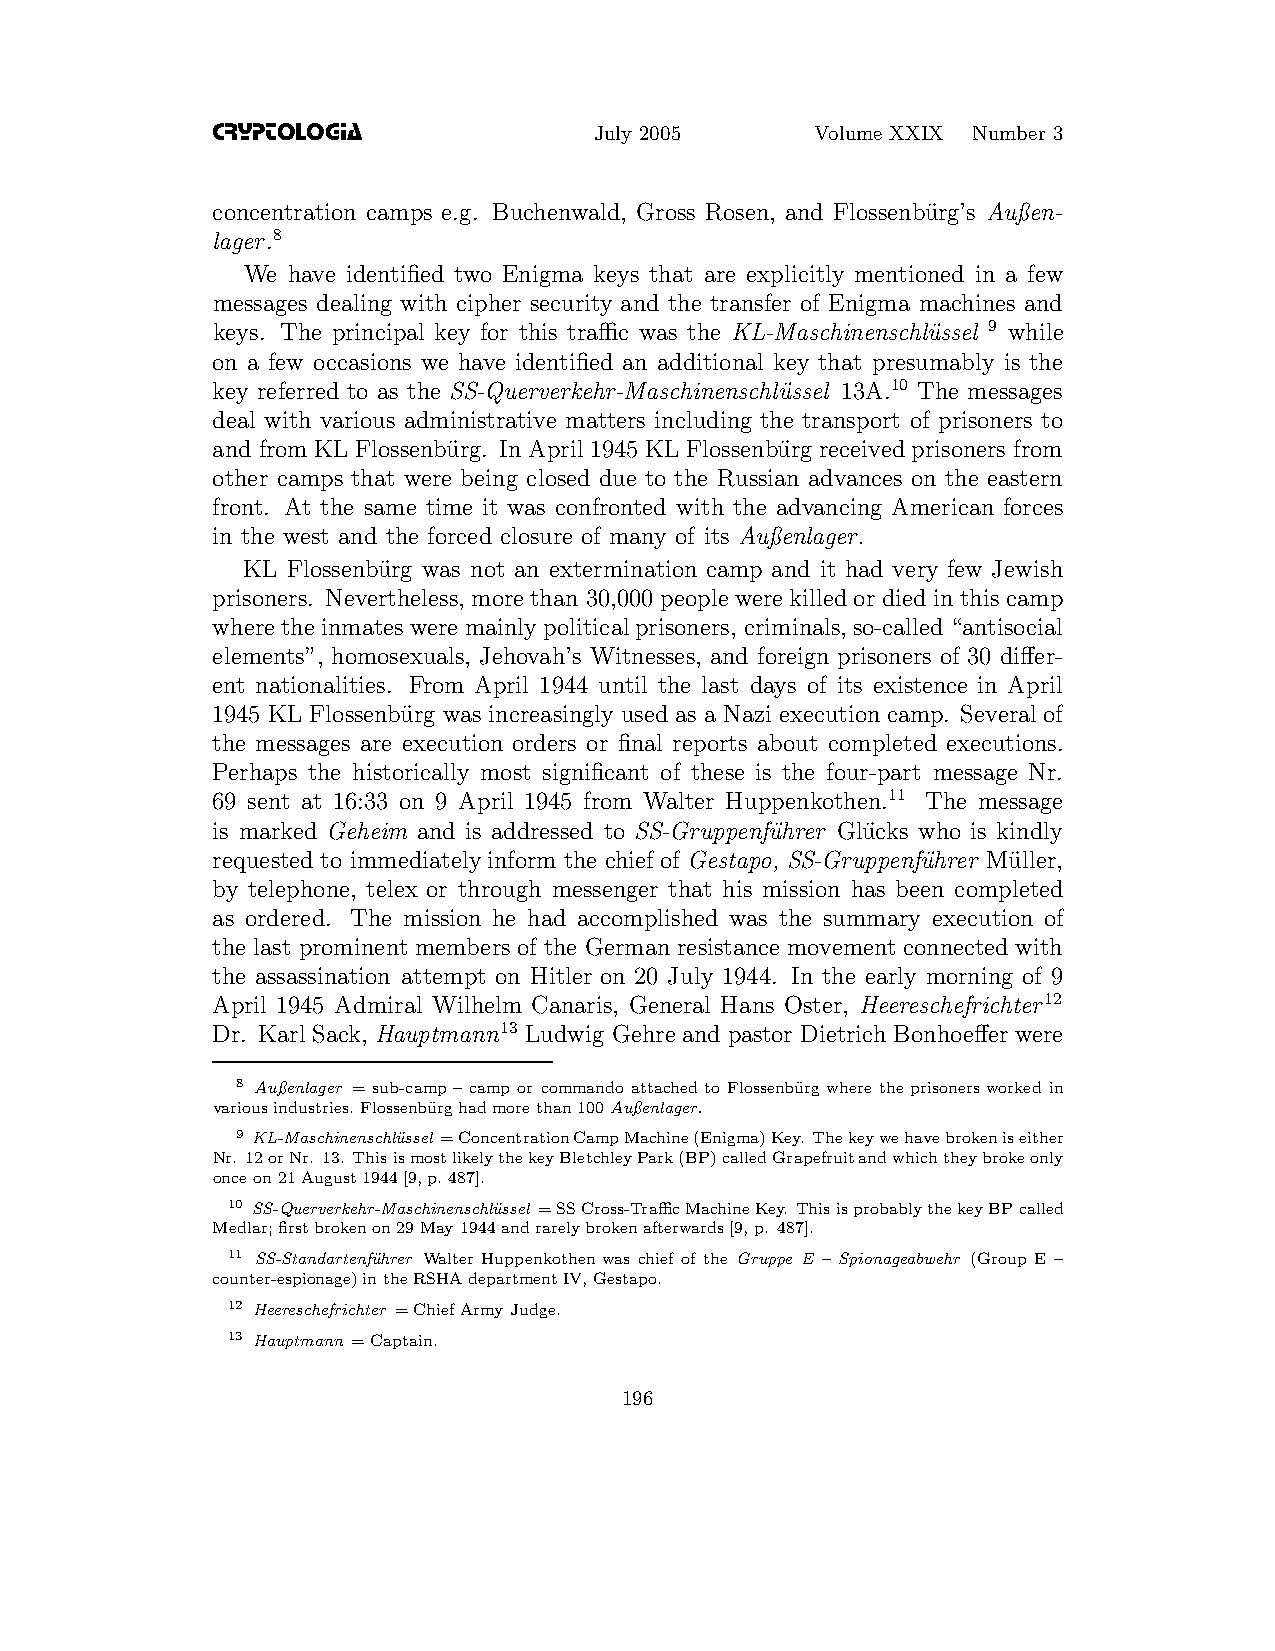
CRYPTOLOGIA
 July 2005      Volume XXIX Number 3
 concentration camps e.g. Buchenwald, Gross Rosen, and Flossenbu¨rg’s Außen-
 lager.8
 We have identified two Enigma keys that are explicitly mentioned in a few
 messages dealing with cipher security and the transfer of Enigma machines and
 keys. The principal key for this traffic was the KL-Maschinenschlu¨ssel 9 while
 on a few occasions we have identified an additional key that presumably is the
 key referred to as the SS-Querverkehr-Maschinenschlu¨ssel 13A.10 The messages
 deal with various administrative matters including the transport of prisoners to
 and from KL Flossenbu¨rg. In April1945 KL Flossenbu¨rg receivedprisoners from
 other camps that were being closed due to the Russian advances on the eastern
 front. At the same time it was confronted with the advancing American forces
 in the west and the forced closure of many of its Außenlager.
 KL Flossenbu¨rg was not an extermination camp and it had very few Jewish
 prisoners. Nevertheless,morethan 30,000 people werekilledor diedin this camp
 wheretheinmatesweremainlypoliticalprisoners, criminals,so-called“antisocial
 elements”, homosexuals, Jehovah’s Witnesses, and foreign prisoners of 30 differ-
 ent nationalities. From April 1944 until the last days of its existence in April
 1945 KL Flossenbu¨rg was increasingly used as a Nazi execution camp. Several of
 the messages are execution orders or final reports about completed executions.
 Perhaps the historically most significant of these is the four-part message Nr.
 69 sent at 16:33 on 9 April 1945 from Walter Huppenkothen.11 The message
 is marked Geheim and is addressed to SS-Gruppenfu¨hrer Glu¨cks who is kindly
 requested to immediatelyinform the chief of Gestapo, SS-Gruppenfu¨hrer Mu¨ller,
 by telephone, telex or through messenger that his mission has been completed
 as ordered. The mission he had accomplished was the summary execution of
 the last prominent members of the German resistance movementconnected with
 the assassination attempt on Hitler on 20 July 1944. In the early morning of 9
 April 1945 Admiral Wilhelm Canaris, General Hans Oster, Heereschefrichter12
 Dr. Karl Sack, Hauptmann13 Ludwig Gehre and pastor DietrichBonhoeffer were
 8 Außenlager = sub-camp– camp or commando attachedto Flossenbu¨rgwhere the prisonersworked in
 variousindustries. Flossenbu¨rghadmorethan100Außenlager.
 9 KL-Maschinenschlu¨ssel =ConcentrationCampMachine(Enigma)Key. Thekeywehavebrokeniseither
 Nr. 12orNr. 13. ThisismostlikelythekeyBletchleyPark(BP)calledGrapefruitandwhichtheybrokeonly
 onceon21August1944[9,p.487].
 10 SS-Querverkehr-Maschinenschl¨ussel =SSCross-TrafficMachineKey. ThisisprobablythekeyBPcalled
 Medlar;firstbrokenon29May1944andrarelybrokenafterwards[9,p. 487].
 11 SS-Standartenfu¨hrer Walter Huppenkothenwas chief of the Gruppe E – Spionageabwehr (Group E –
 counter-espionage)intheRSHAdepartmentIV,Gestapo.
 12 Heereschefrichter =ChiefArmyJudge.
 13 Hauptmann =Captain.
 196